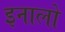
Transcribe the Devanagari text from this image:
इनालो